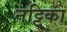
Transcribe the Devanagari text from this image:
नट्टिका